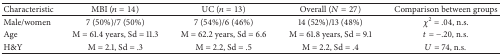
| Characteristic | MBI (n = 14) | UC (n = 13) | Overall (N = 27) | Comparison between groups |
 | --- | --- | --- | --- | --- |
 | Male/women | 7 (50%)/7 (50%) | 7 (54%)/6 (46%) | 14 (52%)/13 (48%) | χ2 = .04, n.s. |
 | Age | M = 61.4 years, Sd = 11.3 | M = 62.2 years, Sd = 6.6 | M = 61.8 years, Sd = 9.1 | t = −.20, n.s. |
 | H&Y | M = 2.1, Sd = .3 | M = 2.2, Sd = .5 | M = 2.2, Sd = .4 | U = 74, n.s. |